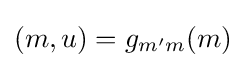
(m,u)=g_{m'm}(m)